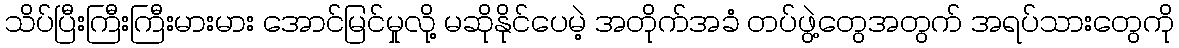
သိပ်ပြီးကြီးကြီးမားမား အောင်မြင်မှုလို့ မဆိုနိုင်ပေမဲ့ အတိုက်အခံ တပ်ဖွဲ့တွေအတွက် အရပ်သားတွေကို